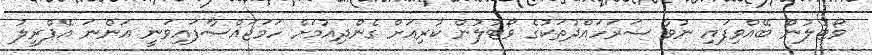
ވޯޓުލުން ބޭއްވިފައި ނުވާ ސަރަހައްދުތަކުގެ ވޯޓުލުން ކުރިއަށް ގެންދިއުމަށް ހަމަޖައްސާފައިވަނީ އަންނަ އޭޕްރީލު